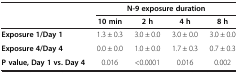
<table><thead><tr><td><b> </b></td><td colspan="4"><b>N-9 exposure duration</b></td></tr><tr><td><b> </b></td><td><b>10 min</b></td><td><b>2 h</b></td><td><b>4 h</b></td><td><b>8 h</b></td></tr></thead><tbody><tr><td><b>Exposure 1/Day 1</b></td><td>1.3 ± 0.3</td><td>3.0 ± 0.0</td><td>3.0 ± 0.0</td><td>3.0 ± 0.0</td></tr><tr><td><b>Exposure 4/Day 4</b></td><td>0.0 ± 0.0</td><td>1.0 ± 0.0</td><td>1.7 ± 0.3</td><td>0.7 ± 0.3</td></tr><tr><td><b>P value, Day 1 vs. Day 4</b></td><td>0.016</td><td>&lt;0.0001</td><td>0.016</td><td>0.002</td></tr></tbody></table>